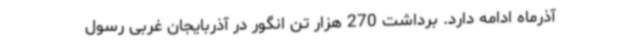
آذرماه ادامه دارد. برداشت 270 هزار تن انگور در آذربایجان غربی رسول